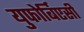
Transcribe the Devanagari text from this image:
युफोर्बिएसी